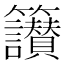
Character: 𥸝